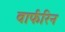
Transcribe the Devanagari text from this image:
वार्फरिन